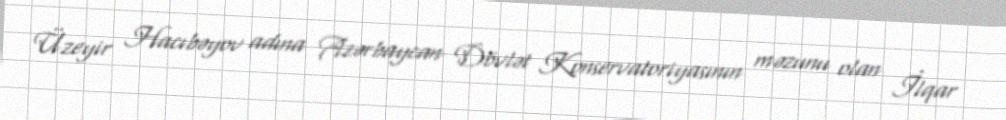
Üzeyir Hacıbəyov adına Azərbaycan Dövlət Konservatoriyasının məzunu olan İlqar